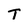
Character: T